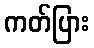
ကတ်ပြား